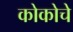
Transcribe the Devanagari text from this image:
कोकोचे